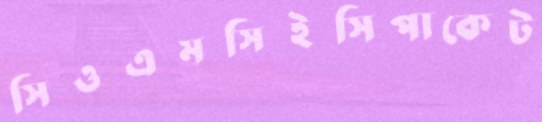
সিওএমসিইসিপাকেট